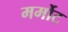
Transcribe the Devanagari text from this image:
मर्मोट